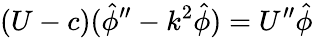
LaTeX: (U-c)(\hat{\phi}^{\prime\prime}-k^{2}\hat{\phi})=U^{\prime\prime}\hat{\phi}